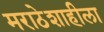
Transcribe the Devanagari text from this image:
मराठेशाहीला